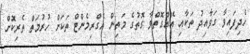
ހެދިފައިވާ ގަވާއިދު ތަކާއި އެއްގޮތްވާ ގޮތުގެ މަތިން އެގްރިމެންޓް ތަކަށް ހުރުމަތް ތެރިކޮށް